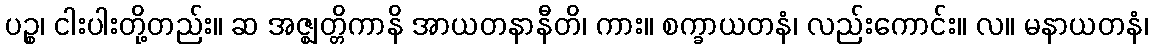
ပဉ္စ၊ ငါးပါးတို့တည်း။ ဆ အဇ္ဈတ္တိကာနိ အာယတနာနီတိ၊ ကား။ စက္ခာယတနံ၊ လည်းကောင်း။ လ။ မနာယတနံ၊